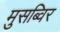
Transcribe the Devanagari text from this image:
मुसब्विर